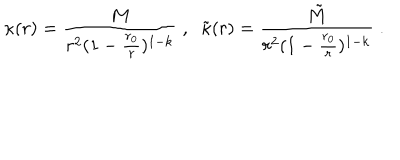
LaTeX: \kappa ( r ) = \frac { M } { r ^ { 2 } ( 1 - \frac { r _ { 0 } } { r } ) ^ { 1 - k } } \; , \; \; \tilde { \kappa } ( r ) = \frac { \tilde { M } } { r ^ { 2 } ( 1 - \frac { r _ { 0 } } { r } ) ^ { 1 - k } } \; .